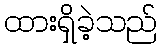
ထားရှိခဲ့သည်